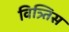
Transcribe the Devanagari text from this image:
वित्र्तिस